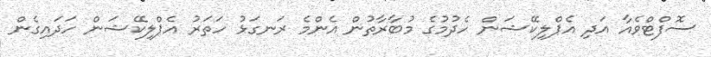
ސޮފްޓްވެއާ އަދި އެޕްލިކޭޝަން ހެދުމުގެ މުބާރާތުން އެންމެ ރަނގަޅު ހަތަރު އެޕްލިކޭޝަން ހަދައިގެން